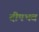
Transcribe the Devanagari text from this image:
दीपभव